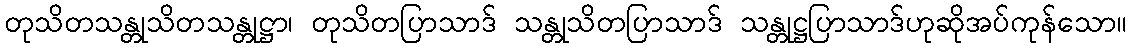
တုသိတသန္တုသိတသန္တုဋ္ဌာ၊ တုသိတပြာသာဒ် သန္တုသိတပြာသာဒ် သန္တုဋ္ဌပြာသာဒ်ဟုဆိုအပ်ကုန်သော။